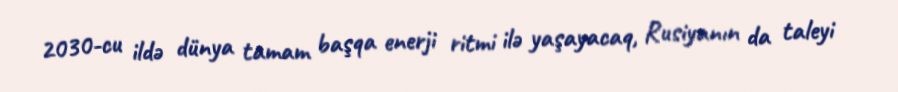
2030-cu ildə dünya tamam başqa enerji ritmi ilə yaşayacaq, Rusiyanın da taleyi